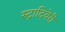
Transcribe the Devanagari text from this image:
स्ट्रादिवेरी